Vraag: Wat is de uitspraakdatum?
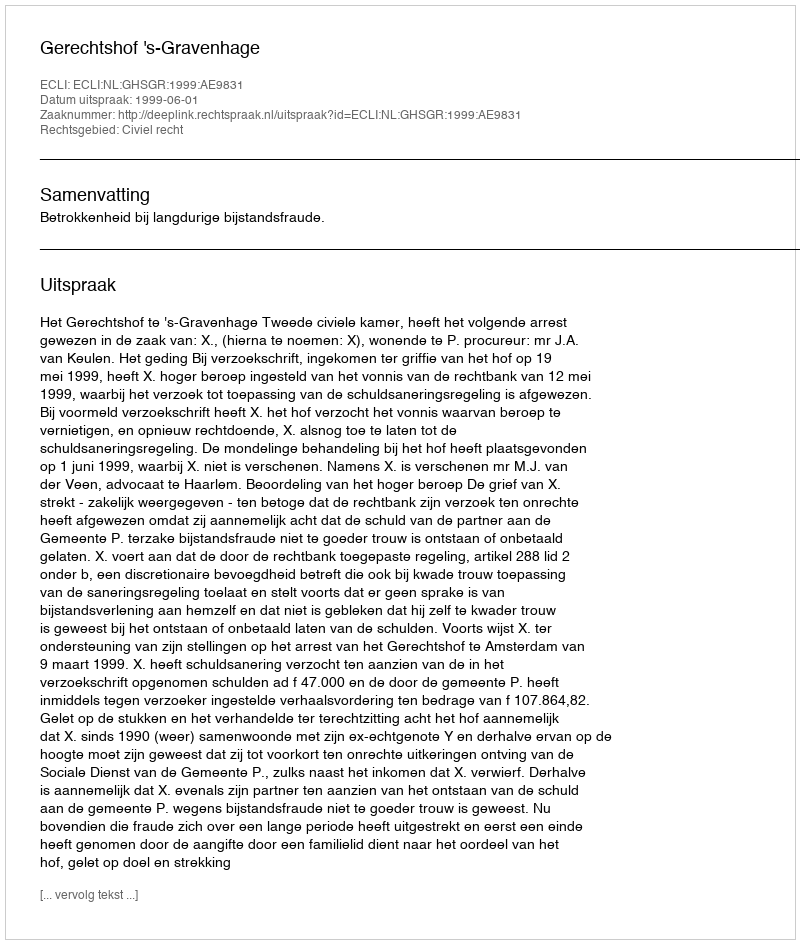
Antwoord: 1999-06-01